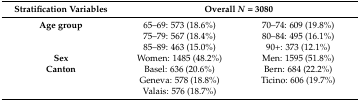
| Stratification Variables | <COLSPAN=2> Overall N = 3080 |
 | --- | --- | --- |
 | Age group | 65–69: 573 (18.6%) | 70–74: 609 (19.8%) |
 |  | 75–79: 567 (18.4%) | 80–84: 495 (16.1%) |
 |  | 85–89: 463 (15.0%) | 90+: 373 (12.1%) |
 | Sex | Women: 1485 (48.2%) | Men: 1595 (51.8%) |
 | Canton | Basel: 636 (20.6%) | Bern: 684 (22.2%) |
 |  | Geneva: 578 (18.8%) | Ticino: 606 (19.7%) |
 |  | Valais: 576 (18.7%) |  |